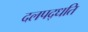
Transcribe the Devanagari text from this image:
दलपद्धति